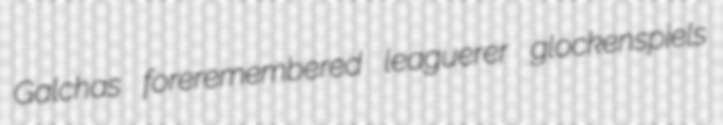
Galchas foreremembered leaguerer glockenspiels